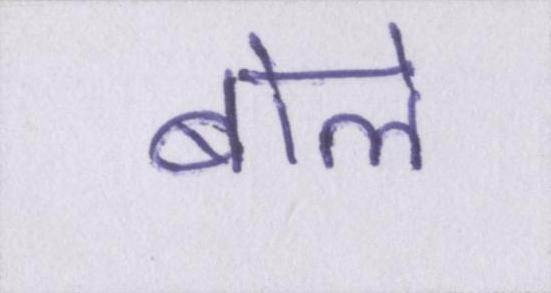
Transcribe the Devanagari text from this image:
बोले